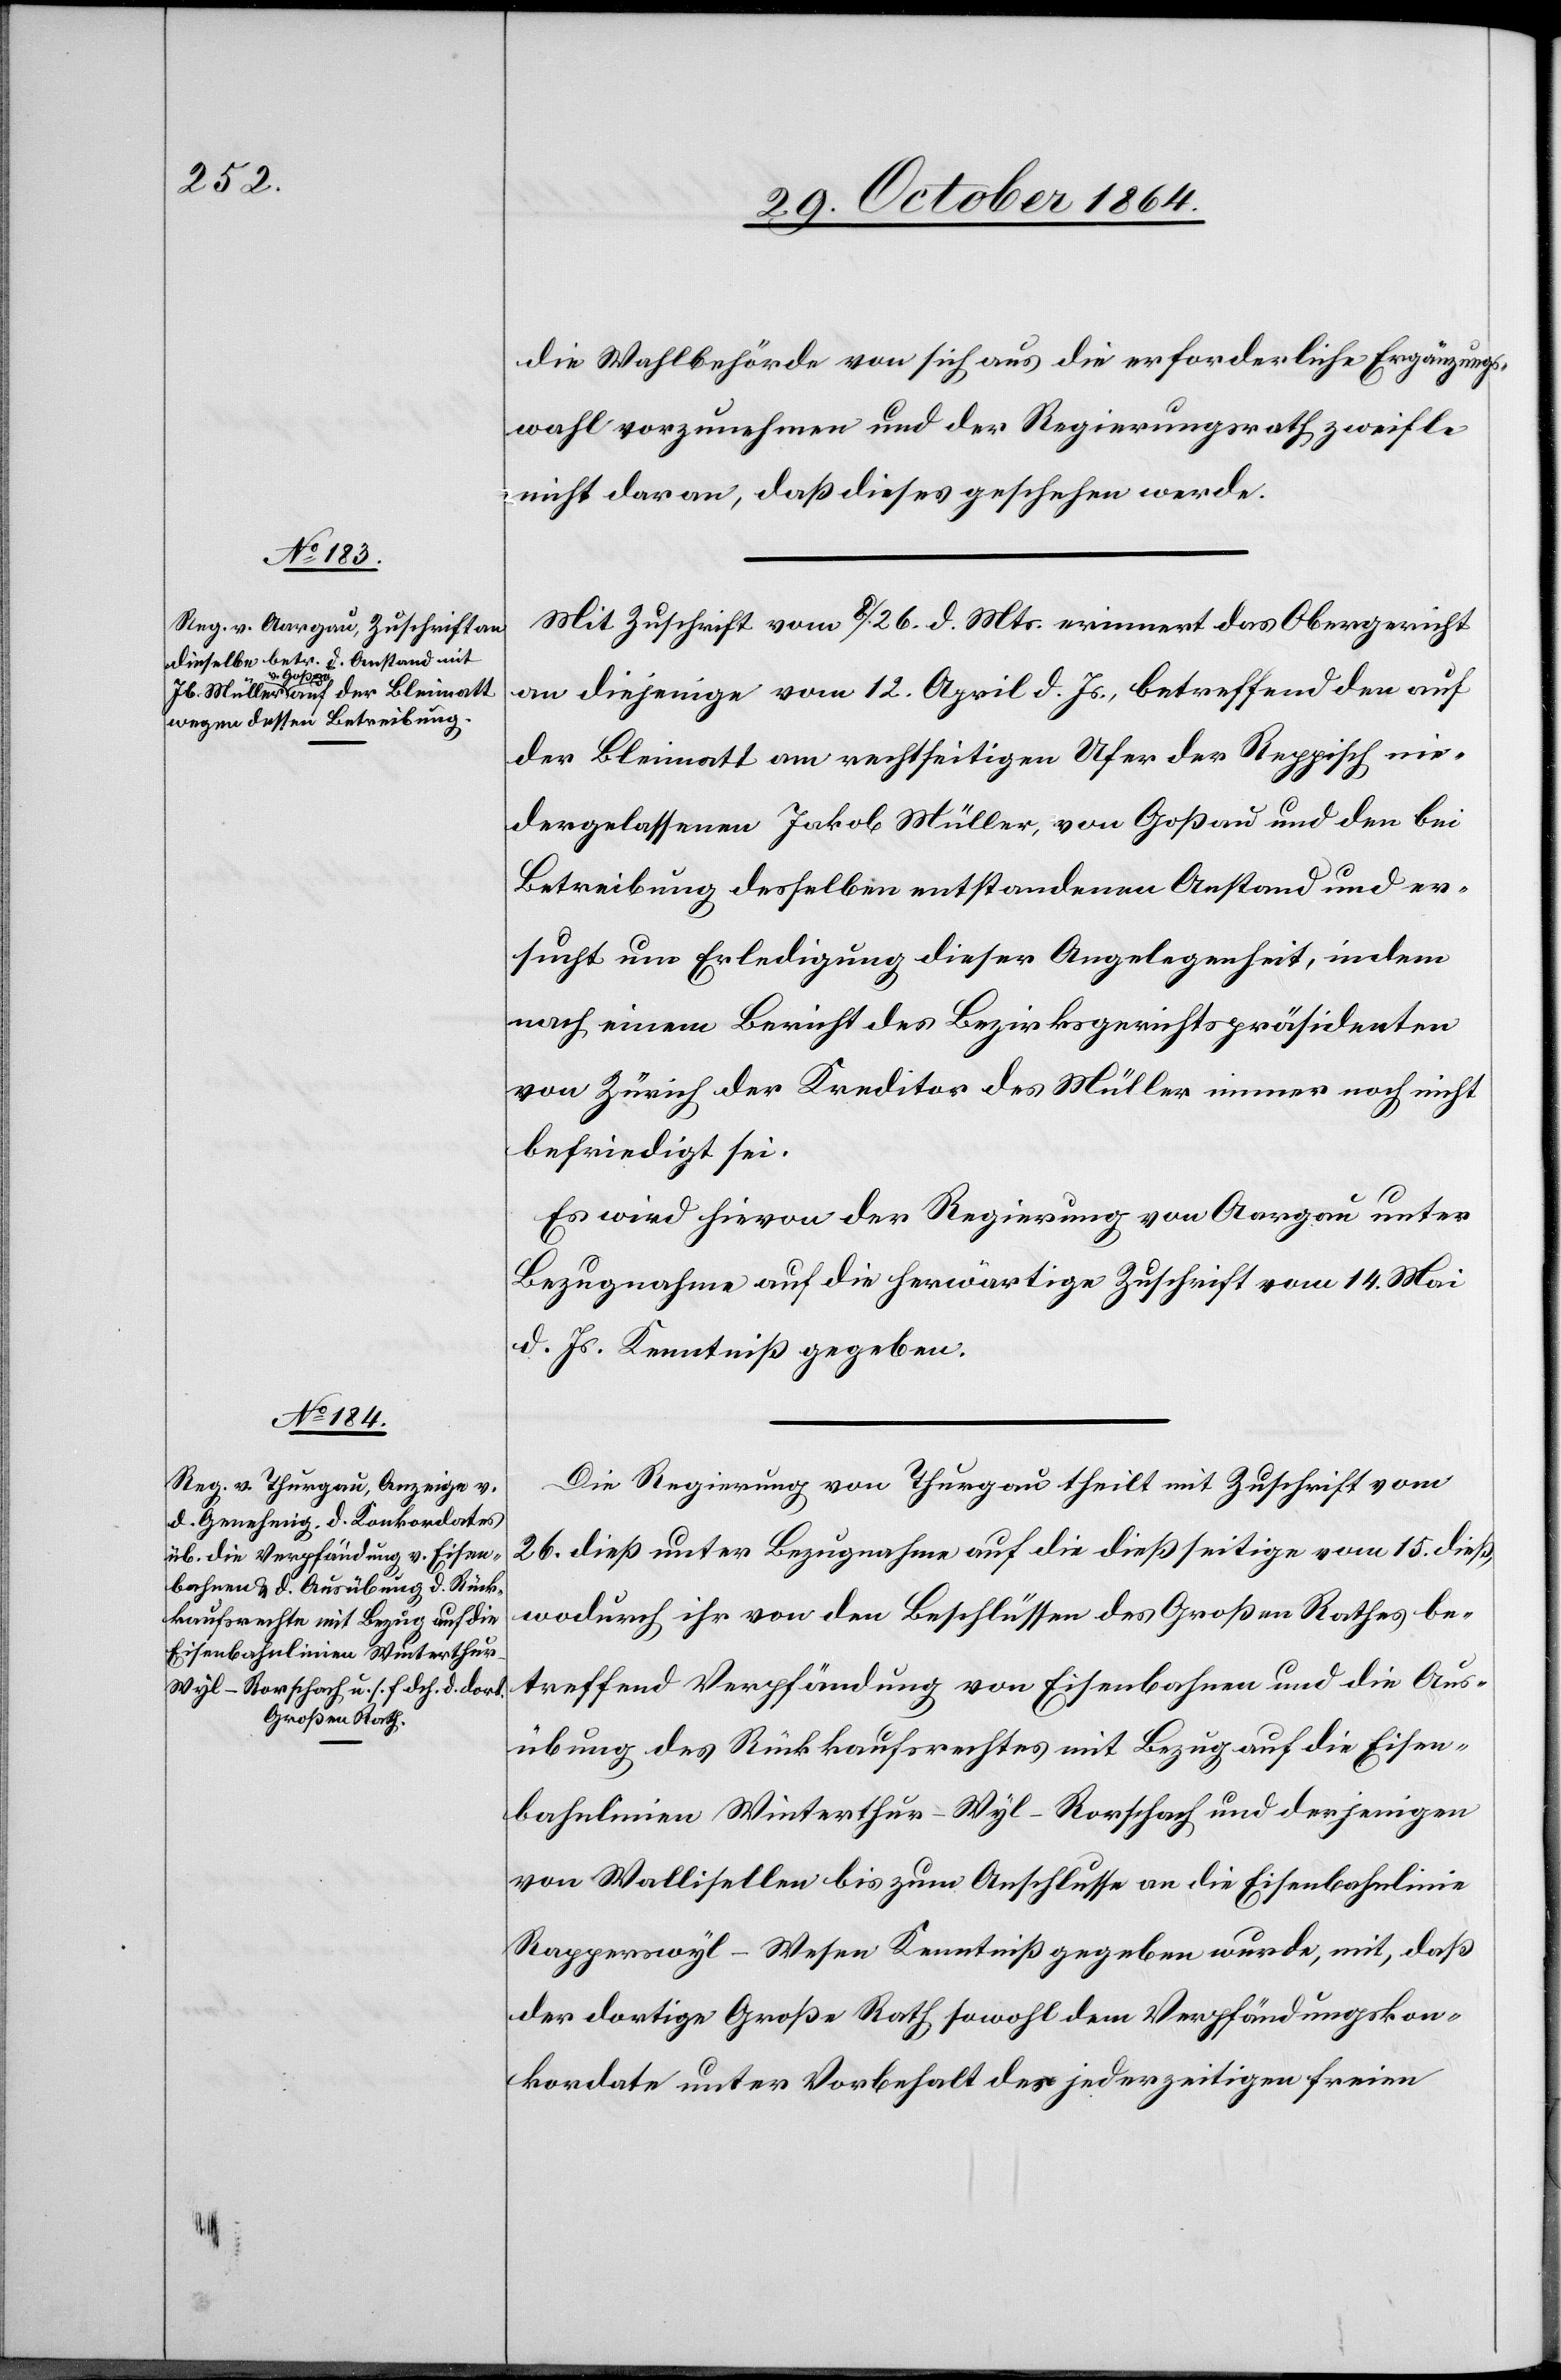
die Wahlbehörde von sich aus die erforderliche Erneuerungs¬
wahl vorzunehmen und der Regierungsrath zweifle
nicht daran, daß dieses geschehen werde.
Mit Zuschrift vom 8./26. d. Mts. erinnert das Obergericht
an diejenige vom 12. April d. Js., betreffend den auf
der Bleimatt am rechtseitigen Ufer der Reppisch nie¬
dergelassenen Jakob Müller, von Goßau und den bei
Betreibung desselben entstandenen Anstand und er¬
sucht um Erledigung dieser Angelegenheit, indem
nach einem Bericht des Bezirksgerichtspräsidenten
von Zürich der Kreditor des Müller immer noch nicht
befriedet sei.
Es wird hievon der Regierung von Aargau unter
Bezugnahme auf die herwärtige Zuschrift vom 14. Mai
d. Js. Kenntniß gegeben.
Die Regierung von Thurgau theilt mit Zuschrift vom
26. dieß unter Bezugnahme auf die dießseitige vom 15. dieß,
wodurch ihr von den Beschlüssen des Großen Rathes be¬
treffend Verpfändung von Eisenbahnen und die Aus¬
übung des Rückkaufsrechtes mit Bezug auf die Eisen¬
bahnlinien Winterthur–Wyl–Rorschach und derjenigen
von Wallisellen bis zum Anschlusse an die Eisenbahnlinie
Rapperswyl–Wesen Kenntniß gegeben wurde, mit, daß
der dortige Große Rath sowohl dem Verpfändungskon¬
kordate unter Vorbehalt der jederzeitigen freien